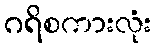
ဂရိစကားလုံး